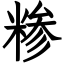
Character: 糁